Annual report of the Prince of Wales Medical College, Patna
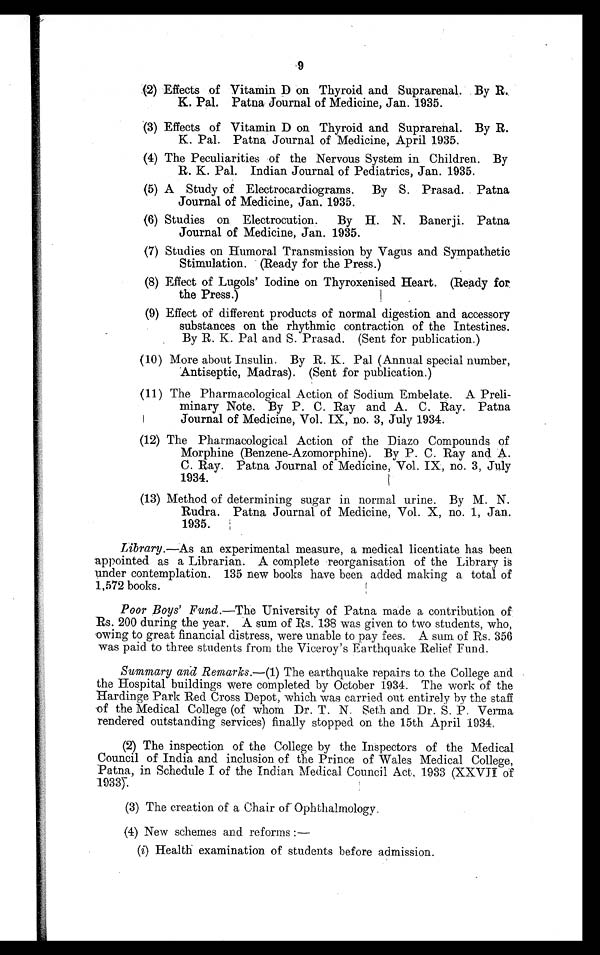
9
(2) Effects of Vitamin D on Thyroid and Suprarenal. By R.
K. Pal. Patna Journal of Medicine, Jan. 1935.
(3) Effects of Vitamin D on Thyroid and Suprarenal. By R.
K. Pal. Patna Journal of Medicine, April 1935.
(4) The Peculiarities of the Nervous System in Children. By
R. K. Pal. Indian Journal of Pediatrics, Jan. 1935.
(5) A Study of Electrocardiograms. By S. Prasad. Patna
Journal of Medicine, Jan. 1935.
(6) Studies on Electrocution.
By H. N. Banerji. Patna
Journal of Medicine, Jan. 1935.
(7) Studies on Humoral Transmission by Vagus and Sympathetic
Stimulation. (Ready for the Press.)
(8) Effect of Lugols’ Iodine on Thyroxenised Heart. (Ready for,
the Press.)
(9) Effect of different products of normal digestion and accessory
substances on the rhythmic contraction of the Intestines.
By R. K.. Pal and S. Prasad. (Sent for publication.)
(10) More about Insulin. By R. K. Pal (Annual special number,
Antiseptic, Madras). (Sent for publication.)
(11) The Pharmacological Action of Sodium Embelate. A Preli-
minary Note. By P. C. Ray and A. C. Ray. Patna
Journal of Medicine, Vol. IX, no. 3, July 1934.
(12) The Pharmacological Action of the Diazo Compounds of
Morphine (Benzene-Azomorphine). By P. C. Ray and. A.
C. Ray. Patna Journal of Medicine, Vol. IX, no. 3, July
1934.
(13) Method of determining sugar in normal urine. By M. N.
Rudra. Patna Journal of Medicine, Vol. X, no. 1, Jan.
1935.
Library.—As an experimental measure, a medical licentiate has been
appointed as a Librarian. A complete reorganisation of the Library is
under contemplation. 135 new books have been added making a total of
1,572 books.
Poor Boys’F u n d . — T h e U n i v e r s i t y o f P a t n a m a d e a c o n t r i b u t i o n o f
Rs. 200 during the year. A sum of Rs. 138 was given to two students, who,
'owing to great financial distress, were unable to pay fees. A sum of Rs. 356
was paid to three students from the Viceroy’s Earthquake Relief Fund.
Summary and Remarks.— (1) The earthquake repairs to the College and
the Hospital buildings were completed by October 1934. The work of the
Hardinge Park Red Cross Depot, which was carried out entirely by the staff
of the Medical College (of whom Dr. T. N. Seth and Dr. S. P. Verma
rendered outstanding services) finally stopped on the 15th April 1934.
(2) The inspection of the College by the Inspectors of the Medical
Council of India and inclusion of the Prince of Wales Medical College,
Patna, in Schedule I of the Indian Medical Council Act, 1933 (XXVII of
1933).
(3) The creation of a Chair of Ophthalmology.
(4) New schemes and reforms :—
(i) Health examination of students before admission.